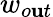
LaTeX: w_{o\mathbf{u}t}